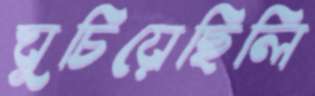
ঘুচিয়েছিলি